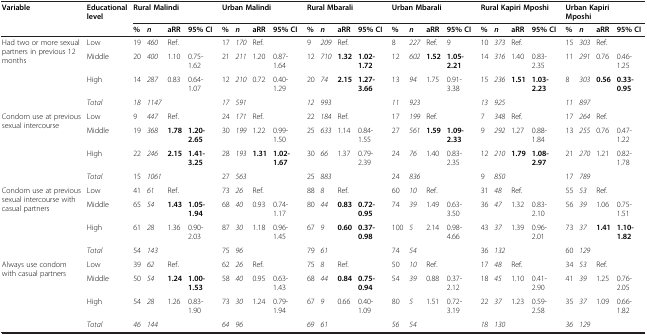
<table><thead><tr><td><b>Variable</b></td><td><b>Educational level</b></td><td colspan="4"><b>Rural Malindi</b></td><td colspan="4"><b>Urban Malindi</b></td><td colspan="4"><b>Rural Mbarali</b></td><td colspan="4"><b>Urban Mbarali</b></td><td colspan="4"><b>Rural Kapiri Mposhi</b></td><td colspan="4"><b>Urban Kapiri Mposhi</b></td></tr></thead><tbody><tr><td> </td><td> </td><td><b>%</b></td><td><b><i>n</i></b></td><td><b>aRR</b></td><td><b>95% CI</b></td><td><b>%</b></td><td><b><i>n</i></b></td><td><b>aRR</b></td><td><b>95% CI</b></td><td><b>%</b></td><td><b><i>n</i></b></td><td><b>aRR</b></td><td><b>95% CI</b></td><td><b>%</b></td><td><b><i>n</i></b></td><td><b>aRR</b></td><td><b>95% CI</b></td><td><b>%</b></td><td><b><i>n</i></b></td><td><b>aRR</b></td><td><b>95% CI</b></td><td><b>%</b></td><td><b><i>n</i></b></td><td><b>aRR</b></td><td><b>95% CI</b></td></tr><tr><td rowspan="4">Had two or more sexual partners in previous 12 months</td><td>Low</td><td>19</td><td><i>460</i></td><td>Ref.</td><td> </td><td>17</td><td><i>170</i></td><td>Ref.</td><td> </td><td>9</td><td><i>209</i></td><td>Ref.</td><td> </td><td>8</td><td><i>227</i></td><td>Ref.</td><td>9</td><td>10</td><td><i>373</i></td><td>Ref.</td><td> </td><td>15</td><td><i>303</i></td><td>Ref.</td><td> </td></tr><tr><td>Middle</td><td>20</td><td><i>400</i></td><td>1.10</td><td>0.75-1.62</td><td>21</td><td><i>211</i></td><td>1.20</td><td>0.87-1.64</td><td>12</td><td><i>710</i></td><td><b>1.32</b></td><td><b>1.02-1.72</b></td><td>12</td><td><i>602</i></td><td><b>1.52</b></td><td><b>1.05-2.21</b></td><td>14</td><td><i>316</i></td><td>1.40</td><td>0.83-2.35</td><td>11</td><td><i>291</i></td><td>0.76</td><td>0.46-1.25</td></tr><tr><td>High</td><td>14</td><td><i>287</i></td><td>0.83</td><td>0.64-1.07</td><td>12</td><td><i>210</i></td><td>0.72</td><td>0.40-1.29</td><td>20</td><td><i>74</i></td><td><b>2.15</b></td><td><b>1.27-3.66</b></td><td>13</td><td><i>94</i></td><td>1.75</td><td>0.91-3.38</td><td>15</td><td><i>236</i></td><td><b>1.51</b></td><td><b>1.03-2.23</b></td><td>8</td><td><i>303</i></td><td><b>0.56</b></td><td><b>0.33-0.95</b></td></tr><tr><td><i>Total</i></td><td><i>18</i></td><td><i>1147</i></td><td> </td><td> </td><td><i>17</i></td><td><i>591</i></td><td> </td><td> </td><td><i>12</i></td><td><i>993</i></td><td> </td><td> </td><td><i>11</i></td><td><i>923</i></td><td> </td><td> </td><td><i>13</i></td><td><i>925</i></td><td> </td><td> </td><td><i>11</i></td><td><i>897</i></td><td> </td><td> </td></tr><tr><td rowspan="4">Condom use at previous sexual intercourse</td><td>Low</td><td>9</td><td><i>447</i></td><td>Ref.</td><td> </td><td>24</td><td><i>171</i></td><td>Ref.</td><td> </td><td>22</td><td><i>184</i></td><td>Ref.</td><td> </td><td>17</td><td><i>199</i></td><td>Ref.</td><td> </td><td>7</td><td><i>348</i></td><td>Ref.</td><td> </td><td>17</td><td><i>264</i></td><td>Ref.</td><td> </td></tr><tr><td>Middle</td><td>19</td><td><i>368</i></td><td><b>1.78</b></td><td><b>1.20-2.65</b></td><td>30</td><td><i>199</i></td><td>1.22</td><td>0.99-1.50</td><td>25</td><td><i>633</i></td><td>1.14</td><td>0.84-1.55</td><td>27</td><td><i>561</i></td><td><b>1.59</b></td><td><b>1.09-2.33</b></td><td>9</td><td><i>292</i></td><td>1.27</td><td>0.88-1.84</td><td>13</td><td><i>255</i></td><td>0.76</td><td>0.47-1.22</td></tr><tr><td>High</td><td>22</td><td><i>246</i></td><td><b>2.15</b></td><td><b>1.41-3.25</b></td><td>28</td><td><i>193</i></td><td><b>1.31</b></td><td><b>1.02-1.67</b></td><td>30</td><td><i>66</i></td><td>1.37</td><td>0.79-2.39</td><td>24</td><td><i>76</i></td><td>1.40</td><td>0.83-2.35</td><td>12</td><td><i>210</i></td><td><b>1.79</b></td><td><b>1.08-2.97</b></td><td>21</td><td><i>270</i></td><td>1.21</td><td>0.82-1.78</td></tr><tr><td><i>Total</i></td><td>15</td><td><i>1061</i></td><td> </td><td> </td><td>27</td><td><i>563</i></td><td> </td><td> </td><td>25</td><td><i>883</i></td><td> </td><td> </td><td>24</td><td><i>836</i></td><td> </td><td> </td><td>9</td><td><i>850</i></td><td> </td><td> </td><td>17</td><td><i>789</i></td><td> </td><td> </td></tr><tr><td rowspan="4">Condom use at previous sexual intercourse with casual partners</td><td>Low</td><td>41</td><td><i>61</i></td><td>Ref.</td><td> </td><td>73</td><td><i>26</i></td><td>Ref.</td><td> </td><td>88</td><td><i>8</i></td><td>Ref.</td><td> </td><td>60</td><td><i>10</i></td><td>Ref.</td><td> </td><td>31</td><td><i>48</i></td><td>Ref.</td><td> </td><td>55</td><td><i>53</i></td><td>Ref.</td><td> </td></tr><tr><td>Middle</td><td>65</td><td><i>54</i></td><td><b>1.43</b></td><td><b>1.05-1.94</b></td><td>68</td><td><i>40</i></td><td>0.93</td><td>0.74-1.17</td><td>80</td><td><i>44</i></td><td><b>0.83</b></td><td><b>0.72-0.95</b></td><td>74</td><td><i>39</i></td><td>1.49</td><td>0.63-3.50</td><td>36</td><td><i>47</i></td><td>1.32</td><td>0.83-2.10</td><td>56</td><td><i>39</i></td><td>1.06</td><td>0.75-1.51</td></tr><tr><td>High</td><td>61</td><td><i>28</i></td><td>1.36</td><td>0.90-2.03</td><td>87</td><td><i>30</i></td><td>1.18</td><td>0.96-1.45</td><td>67</td><td><i>9</i></td><td><b>0.60</b></td><td><b>0.37-0.98</b></td><td>100</td><td><i>5</i></td><td>2.14</td><td>0.98-4.66</td><td>43</td><td><i>37</i></td><td>1.39</td><td>0.96-2.01</td><td>73</td><td><i>37</i></td><td><b>1.41</b></td><td><b>1.10-1.82</b></td></tr><tr><td><i>Total</i></td><td>54</td><td><i>143</i></td><td> </td><td> </td><td>75</td><td><i>96</i></td><td> </td><td> </td><td>79</td><td><i>61</i></td><td> </td><td> </td><td>74</td><td><i>54</i></td><td> </td><td> </td><td>36</td><td><i>132</i></td><td> </td><td> </td><td>60</td><td><i>129</i></td><td> </td><td> </td></tr><tr><td>Always use condom with casual partners</td><td>Low</td><td>39</td><td><i>62</i></td><td>Ref.</td><td> </td><td>62</td><td><i>26</i></td><td>Ref.</td><td> </td><td>75</td><td><i>8</i></td><td>Ref.</td><td> </td><td>50</td><td><i>10</i></td><td>Ref.</td><td> </td><td>17</td><td><i>48</i></td><td>Ref.</td><td> </td><td>34</td><td><i>53</i></td><td>Ref.</td><td> </td></tr><tr><td> </td><td>Middle</td><td>50</td><td><i>54</i></td><td><b>1.24</b></td><td><b>1.00-1.53</b></td><td>58</td><td><i>40</i></td><td>0.95</td><td>0.63-1.43</td><td>68</td><td><i>44</i></td><td><b>0.84</b></td><td><b>0.75-0.94</b></td><td>54</td><td><i>39</i></td><td>0.88</td><td>0.37-2.12</td><td>18</td><td><i>45</i></td><td>1.10</td><td>0.41-2.90</td><td>41</td><td><i>39</i></td><td>1.25</td><td>0.76-2.05</td></tr><tr><td> </td><td>High</td><td>54</td><td><i>28</i></td><td>1.26</td><td>0.83-1.90</td><td>73</td><td><i>30</i></td><td>1.24</td><td>0.79-1.94</td><td>67</td><td><i>9</i></td><td>0.66</td><td>0.40-1.09</td><td>80</td><td><i>5</i></td><td>1.51</td><td>0.72-3.19</td><td>22</td><td><i>37</i></td><td>1.23</td><td>0.59-2.58</td><td>35</td><td><i>37</i></td><td>1.09</td><td>0.66-1.82</td></tr><tr><td> </td><td><i>Total</i></td><td><i>46</i></td><td><i>144</i></td><td> </td><td> </td><td><i>64</i></td><td><i>96</i></td><td> </td><td> </td><td><i>69</i></td><td><i>61</i></td><td> </td><td> </td><td><i>56</i></td><td><i>54</i></td><td> </td><td> </td><td><i>18</i></td><td><i>130</i></td><td> </td><td> </td><td><i>36</i></td><td><i>129</i></td><td> </td><td> </td></tr></tbody></table>